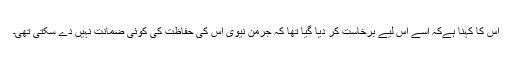
اس کا کہنا ہےکہ اسے اس لیے برخاست کر دیا گیا تھا کہ جرمن نیوی اس کی حفاظت کی کوئی ضمانت نہیں دے سکتی تھی۔